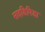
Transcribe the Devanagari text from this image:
साइडिपिडा